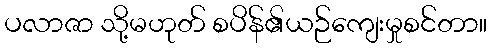
ပလာဇာ သို့မဟုတ် စပိန်၏ယဉ်ကျေးမှုစင်တာ။